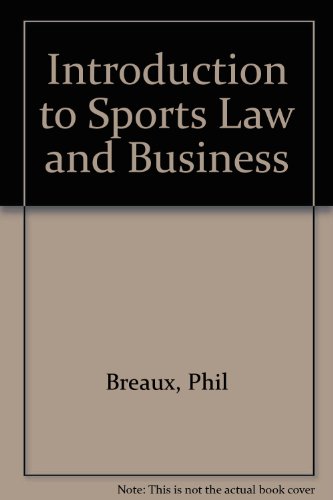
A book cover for Introduction to Sports Law and Business; Phil Breaux; Law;